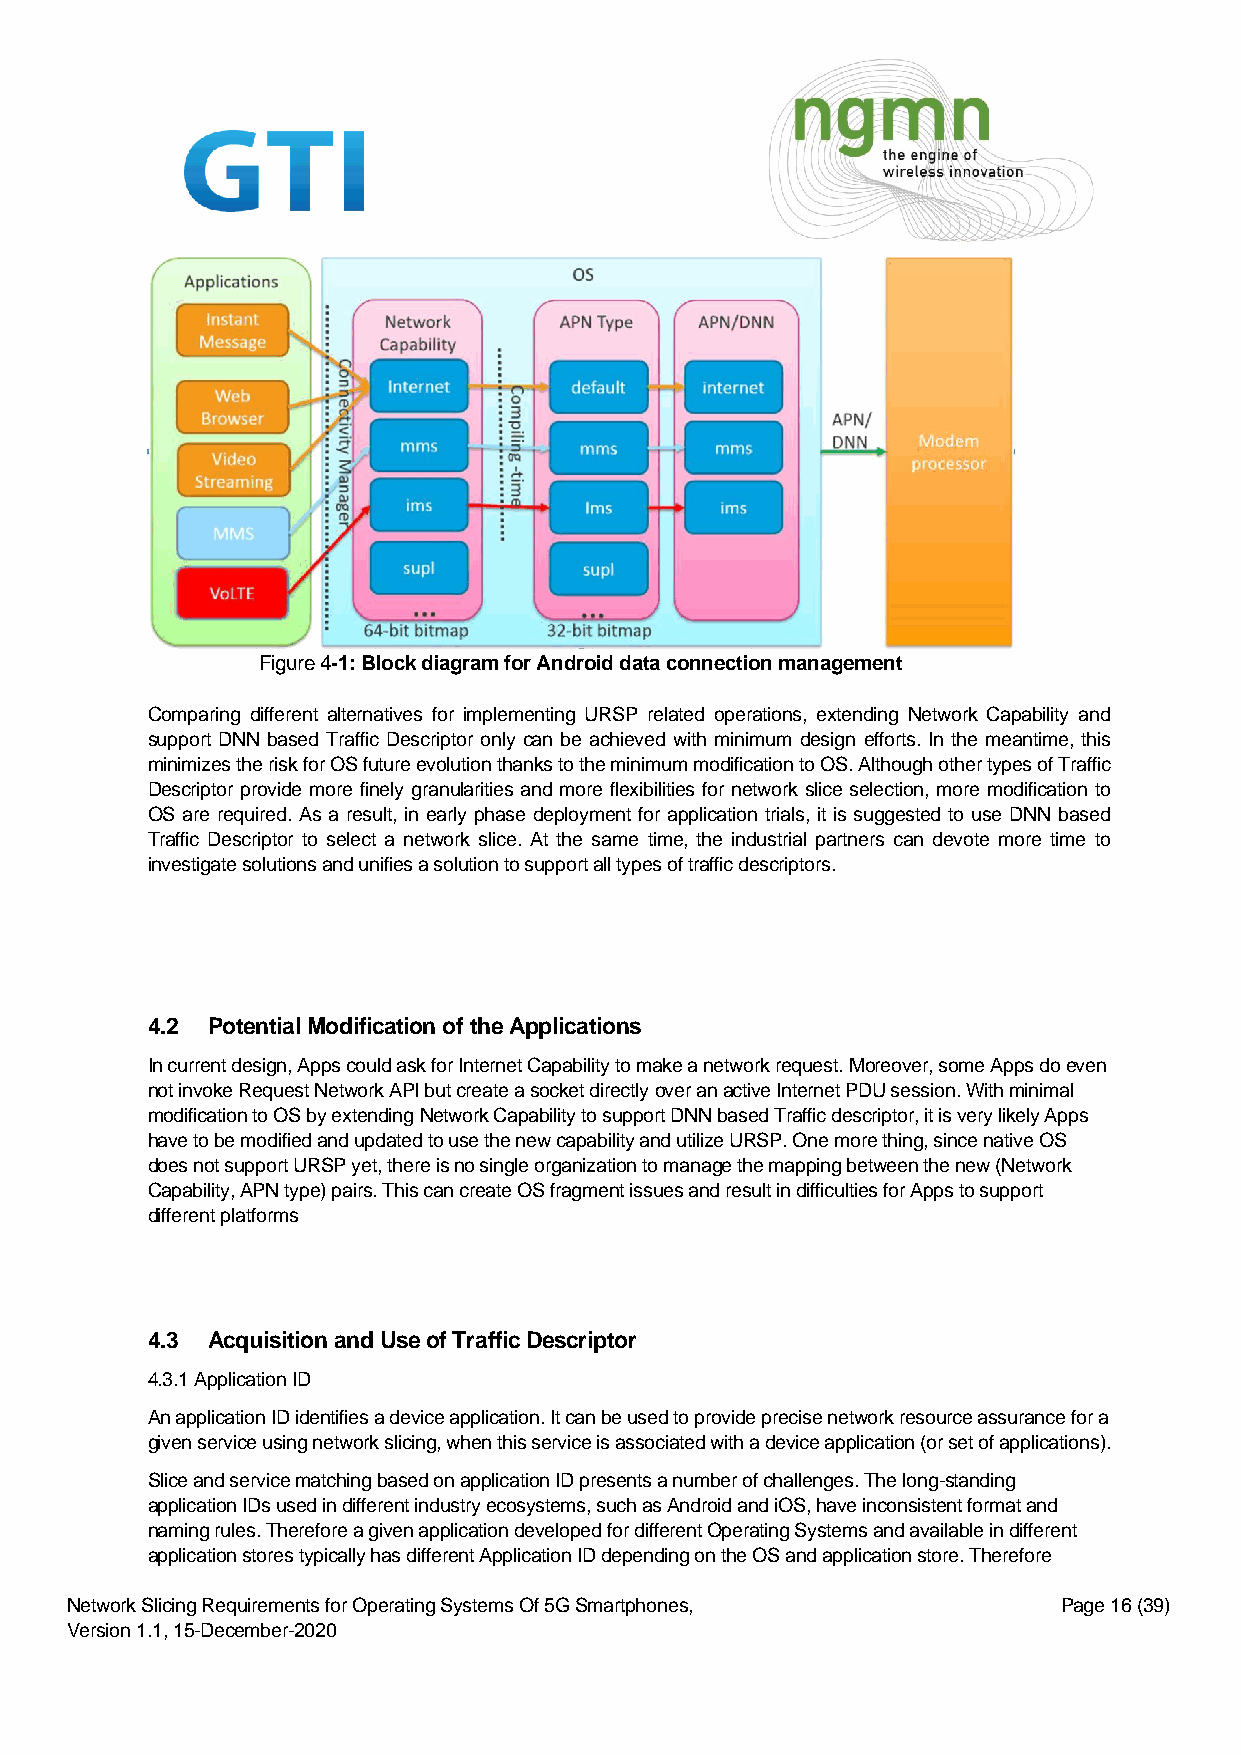
Figure 4-1: Block diagram for Android data connection management
 Comparing different alternatives for implementing URSP related operations, extending Network Capability and
 support DNN based Traffic Descriptor only can be achieved with minimum design efforts. In the meantime, this
 minimizes the risk for OS future evolution thanks to the minimum modification to OS. Although other types of Traffic
 Descriptor provide more finely granularities and more flexibilities for network slice selection, more modification to
 OS are required. As a result, in early phase deployment for application trials, it is suggested to use DNN based
 Traffic Descriptor to select a network slice. At the same time, the industrial partners can devote more time to
 investigate solutions and unifies a solution to support all types of traffic descriptors.
 4.2 Potential Modification of the Applications
 In current design, Apps could ask for Internet Capability to make a network request. Moreover, some Apps do even
 not invoke Request Network API but create a socket directly over an active Internet PDU session. With minimal
 modification to OS by extending Network Capability to support DNN based Traffic descriptor, it is very likely Apps
 have to be modified and updated to use the new capability and utilize URSP. One more thing, since native OS
 does not support URSP yet, there is no single organization to manage the mapping between the new (Network
 Capability, APN type) pairs. This can create OS fragment issues and result in difficulties for Apps to support
 different platforms
 4.3 Acquisition and Use of Traffic Descriptor
 4.3.1 Application ID
 An application ID identifies a device application. It can be used to provide precise network resource assurance for a
 given service using network slicing, when this service is associated with a device application (or set of applications).
 Slice and service matching based on application ID presents a number of challenges. The long-standing
 application IDs used in different industry ecosystems, such as Android and iOS, have inconsistent format and
 naming rules. Therefore a given application developed for different Operating Systems and available in different
 application stores typically has different Application ID depending on the OS and application store. Therefore
 Network Slicing Requirements for Operating Systems Of 5G Smartphones, Page 16 (39)
 Version 1.1, 15-December-2020